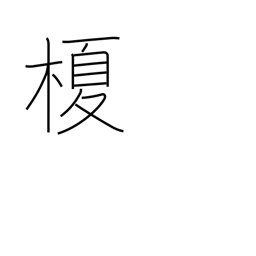
Meaning: lotus tree